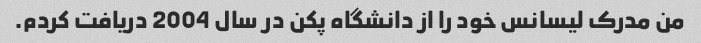
من مدرک لیسانس خود را از دانشگاه پکن در سال 2004 دریافت کردم.